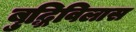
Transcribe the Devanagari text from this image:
बुद्धिविलास